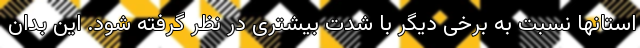
استانها نسبت به برخی دیگر با شدت بیشتری در نظر گرفته شود. این بدان